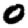
Digit: 0